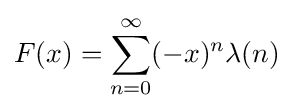
F(x)=\sum _{n=0}^{\infty }(-x)^{n}\lambda (n)